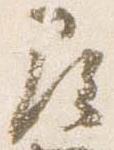
尋